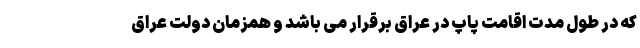
که در طول مدت اقامت پاپ در عراق برقرار می باشد و همزمان دولت عراق